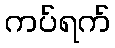
ကပ်ရက်